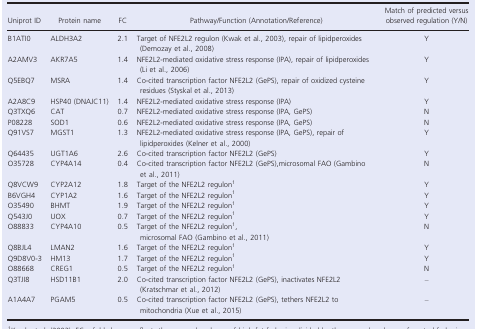
| Uniprot ID | Protein name | FC | Pathway/Function (Annotation/Reference) | Match of predicted versus observed regulation (Y/N) |
 | --- | --- | --- | --- | --- |
 | B1ATI0 | ALDH3A2 | 2.1 | Target of NFE2L2 regulon (Kwak et al., 2003), repair of lipidperoxides (Demozay et al., 2008) | Y |
 | A2AMV3 | AKR7A5 | 1.4 | NFE2L2‐mediated oxidative stress response (IPA), repair of lipidperoxides (Li et al., 2006) | Y |
 | Q5EBQ7 | MSRA | 1.4 | Co‐cited transcription factor NFE2L2 (GePS), repair of oxidized cysteine residues (Styskal et al., 2013) | Y |
 | A2A8C9 | HSP40 (DNAJC11) | 1.4 | NFE2L2‐mediated oxidative stress response (IPA) | Y |
 | Q3TXQ6 | CAT | 0.7 | NFE2L2‐mediated oxidative stress response (IPA, GePS) | N |
 | P08228 | SOD1 | 0.6 | NFE2L2‐mediated oxidative stress response (IPA, GePS) | N |
 | Q91VS7 | MGST1 | 1.3 | NFE2L2‐mediated oxidative stress response (IPA, GePS), repair of lipidperoxides (Kelner et al., 2000) | Y |
 | Q64435 | UGT1A6 | 2.6 | Co‐cited transcription factor NFE2L2 (GePS) | Y |
 | O35728 | CYP4A14 | 0.4 | Co‐cited transcription factor NFE2L2 (GePS),microsomal FAO (Gambino et al., 2011) | N |
 | Q8VCW9 | CYP2A12 | 1.8 | Target of the NFE2L2 regulona | Y |
 | B6VGH4 | CYP1A2 | 1.6 | Target of the NFE2L2 regulona | Y |
 | O35490 | BHMT | 1.9 | Target of the NFE2L2 regulona | Y |
 | Q543J0 | UOX | 0.7 | Target of the NFE2L2 regulona | Y |
 | O88833 | CYP4A10 | 0.5 | Target of the NFE2L2 regulona,microsomal FAO (Gambino et al., 2011) | N |
 | Q8BJL4 | LMAN2 | 1.6 | Target of the NFE2L2 regulona | Y |
 | Q9D8V0‐3 | HM13 | 1.7 | Target of the NFE2L2 regulona | Y |
 | O88668 | CREG1 | 0.5 | Target of the NFE2L2 regulona | N |
 | Q3TJI8 | HSD11B1 | 2.0 | Co‐cited transcription factor NFE2L2 (GePS), inactivates NFE2L2 (Kratschmar et al., 2012) | – |
 | A1A4A7 | PGAM5 | 0.5 | Co‐cited transcription factor NFE2L2 (GePS), tethers NFE2L2 to mitochondria (Xue et al., 2015) | – |